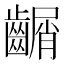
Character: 𪙑